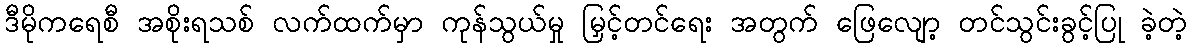
ဒီမိုကရေစီ အစိုးရသစ် လက်ထက်မှာ ကုန်သွယ်မှု မြှင့်တင်ရေး အတွက် ဖြေလျော့ တင်သွင်းခွင့်ပြု ခဲ့တဲ့